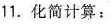
11.化简计算：